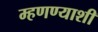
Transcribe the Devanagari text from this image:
म्हणण्याशी